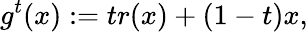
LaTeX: g^{t}(x):=tr(x)+(1-t)x,